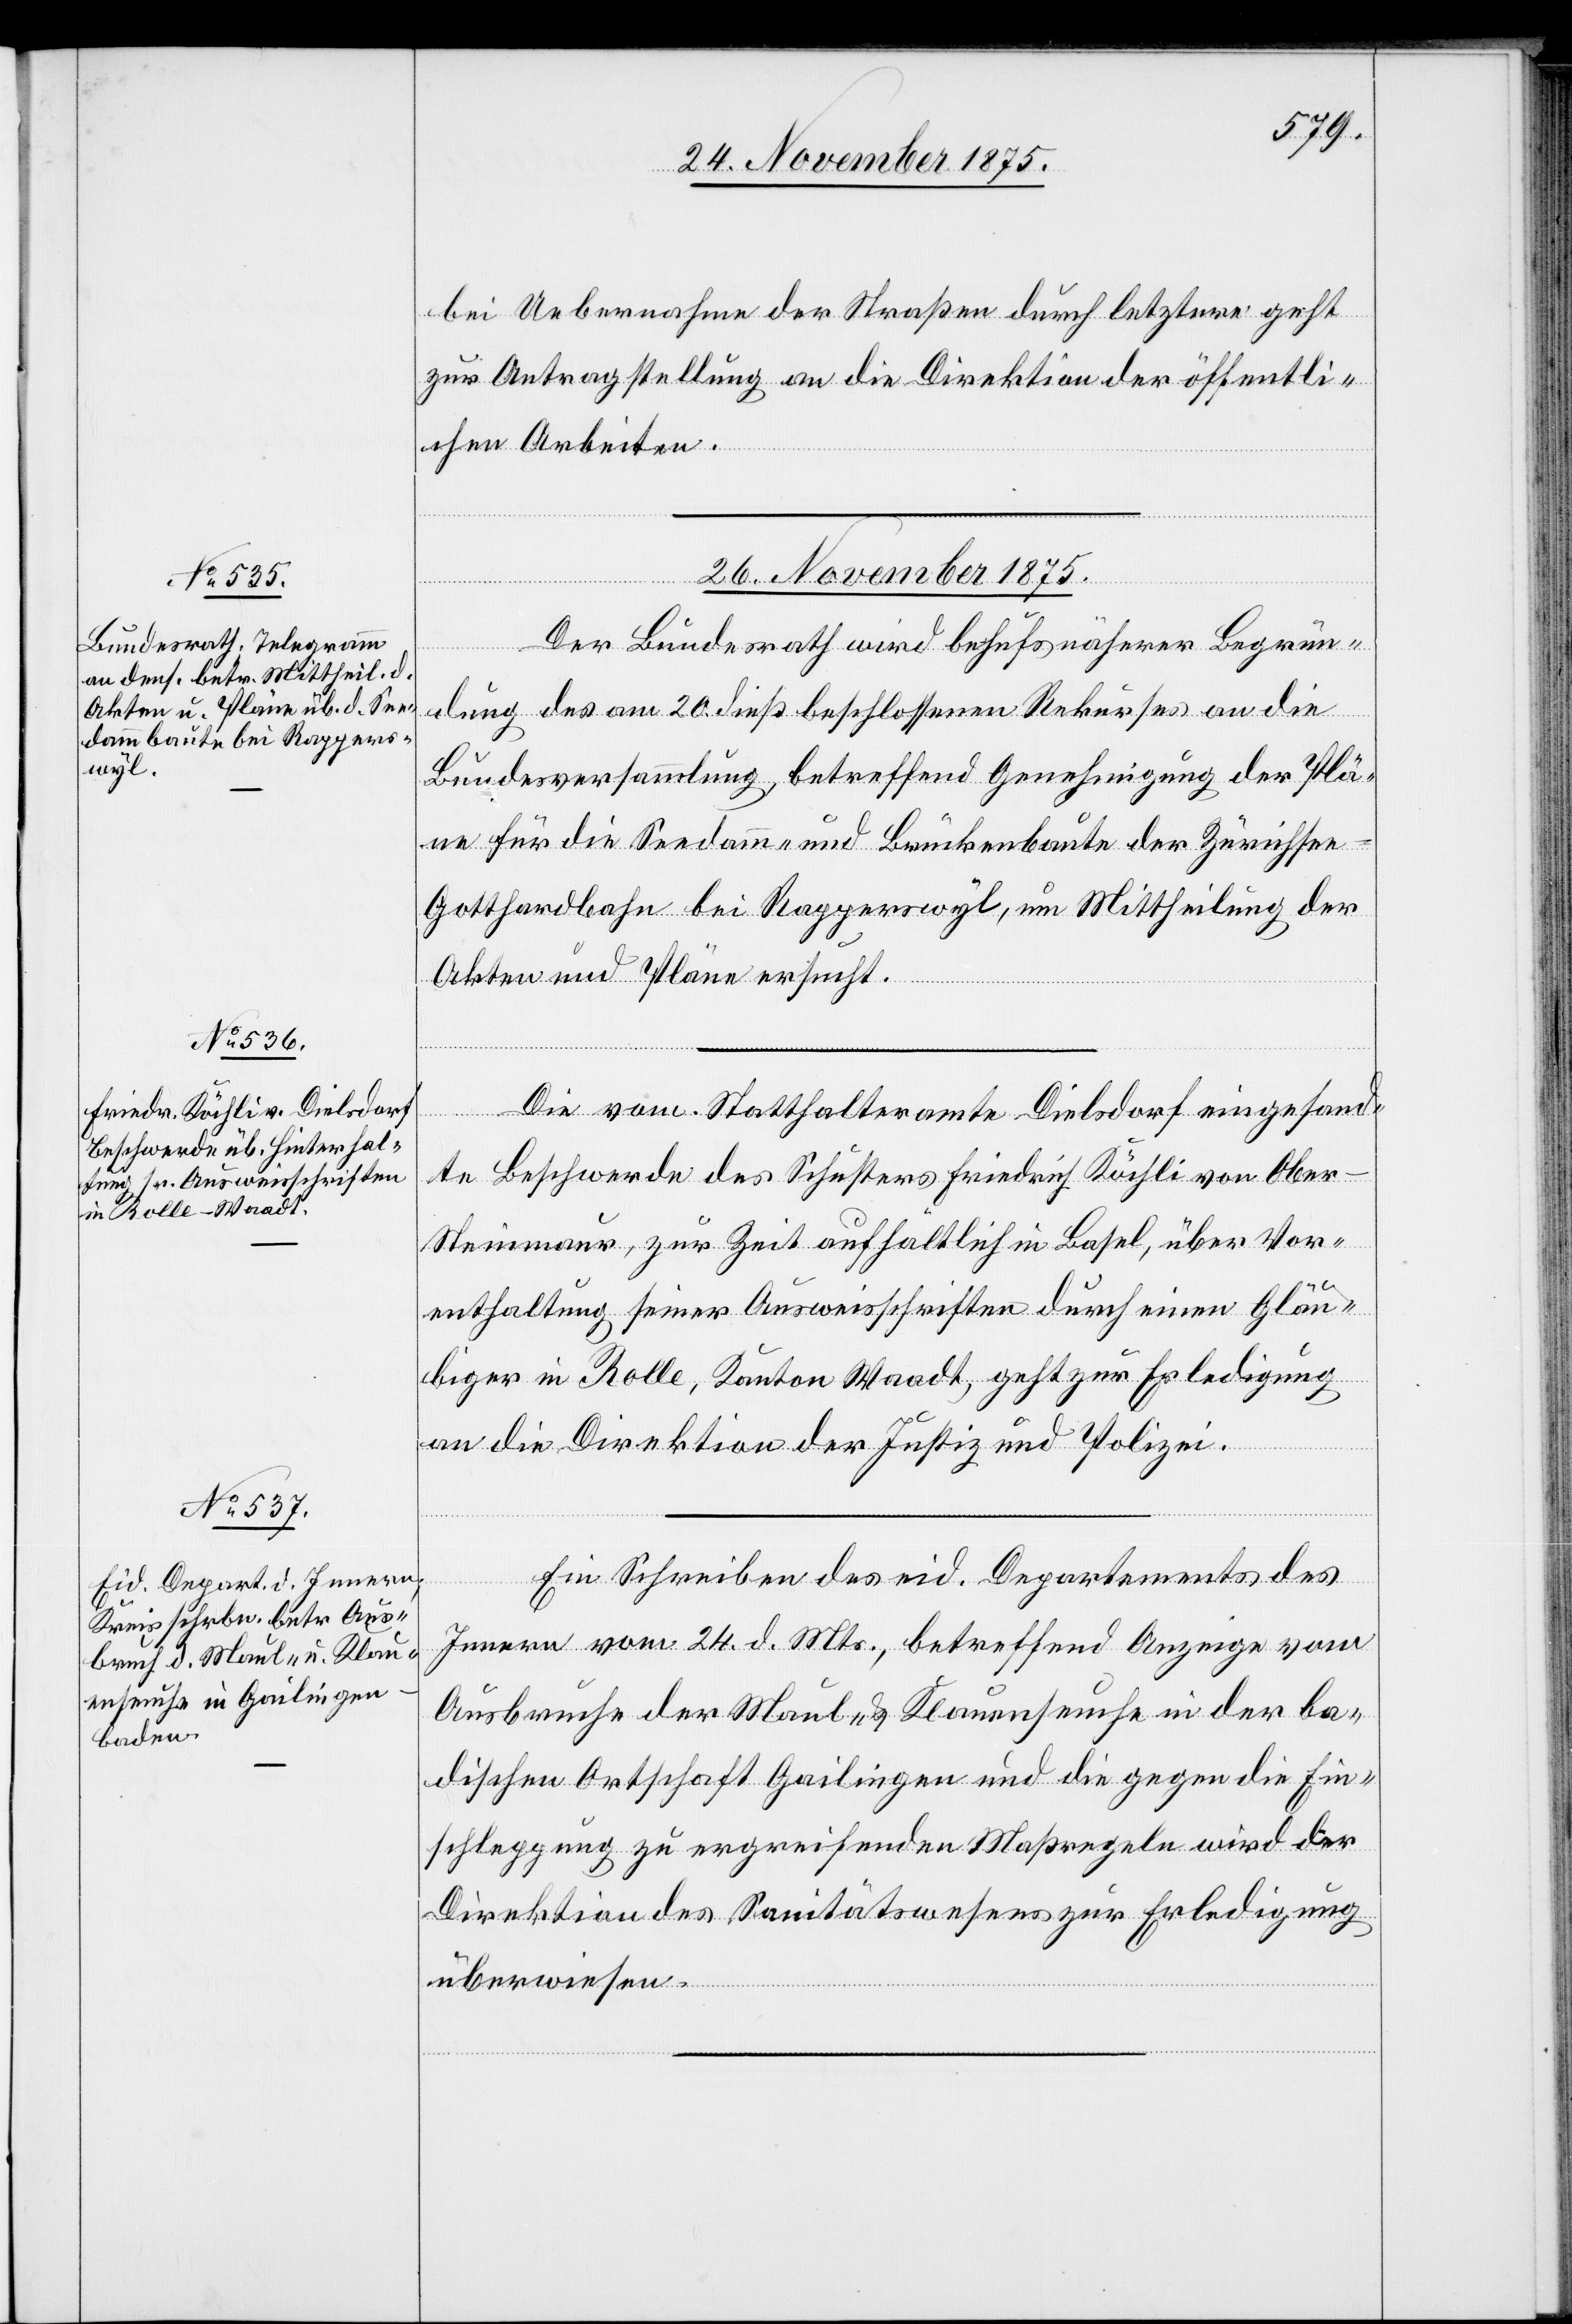
bei Uebernahme der Straßen durch letztere geht
zur Antragstellung an die Direktion der öffentli¬
chen Arbeiten.
26. November 1875.]
Der Bundesrath wird behufs näherer Begrün¬
dung des am 20. dieß beschlossenen Rekurses an die
Bundesversammlung, betreffend Genehmigung der Plä¬
ne für die Seedamm- und Brückenbaute der Zürichse¬
e–Gotthardbahn bei Rapperswyl, um Mittheilung der
Akten und Pläne ersucht.
Die vom Statthalteramte Dielsdorf eingesand¬
te Beschwerde des Schusters Friedrich Köchli von Ober-S¬
teinmaur, zur Zeit aufhältlich in Basel, über Vor¬
enthaltung seiner Ausweisschriften durch einen Gläu¬
biger in Rolle, Kanton Waadt, geht zur Erledigung
an die Direktion der Justiz und Polizei.
Ein Schreiben des eid. Departements des
Innern vom 24. d. Mts., betreffend Anzeige vom
Ausbruche der Maul- & Klauenseuche in der ba¬
dischen Ortschaft Gailingen und die gegen die Ein¬
schleppung zu ergreifenden Maßregeln wird der
Direktion des Sanitätswesens zur Erledigung
überwiesen.